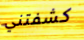
كشفتني